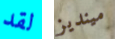
لقد مينديز